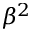
\beta ^ { 2 }